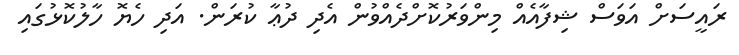
ރައީސަށް އަވަސް ޝިފާއެއް މިންވަރުކޮށްދެއްވުން އެދި ދުޢާ ކުރަން. އަދި ހެޔޮ ހާލުކޮޅުގައި